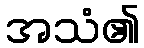
အသံ၏